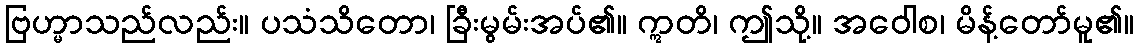
ဗြဟ္မာသည်လည်း။ ပသံသိတော၊ ခြီးမွမ်းအပ်၏။ ဣတိ၊ ဤသို့။ အဝေါစ၊ မိန့်တော်မူ၏။